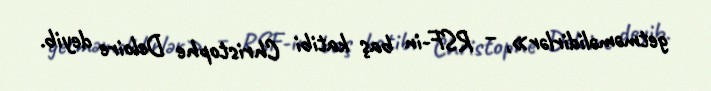
getməməlidirlər», – RSF-in baş katibi Christophe Deloire deyib.